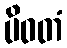
ပိဝတံ